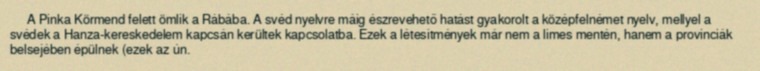
A Pinka Körmend felett ömlik a Rábába. A svéd nyelvre máig észrevehető hatást gyakorolt a középfelnémet nyelv, mellyel a svédek a Hanza-kereskedelem kapcsán kerültek kapcsolatba. Ezek a létesítmények már nem a limes mentén, hanem a provinciák belsejében épülnek (ezek az ún.